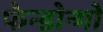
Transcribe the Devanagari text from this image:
फेन्डोन्गो